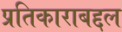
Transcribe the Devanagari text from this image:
प्रतिकाराबद्दल